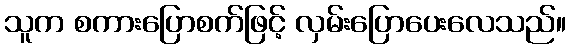
သူက စကားပြောစက်ဖြင့် လှမ်းပြောပေးလေသည်။